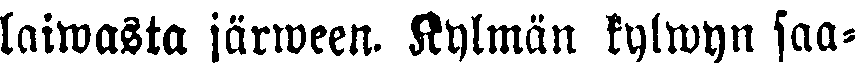
laiwasta järween. Kylmän kylwyn saa-